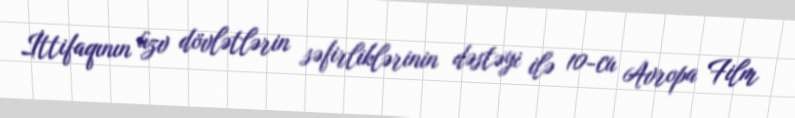
İttifaqının üzv dövlətlərin səfirliklərinin dəstəyi ilə 10-cu Avropa Film